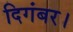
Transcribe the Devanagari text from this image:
दिगंबर।